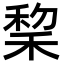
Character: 𫀺